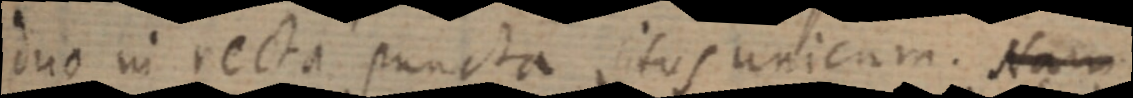
duo in recta puncta situs unicum. Nam